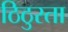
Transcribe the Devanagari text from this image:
ठिठुरता